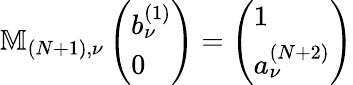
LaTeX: \mathbb{M}_{(N+1),\nu}\left(\begin{array}{l}{b_{\nu}^{(1)}}\\ {0}\end{array}\right)=\left(\begin{array}{l}{1}\\ {a_{\nu}^{(N+2)}}\end{array}\right)